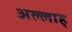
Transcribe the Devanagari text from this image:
अल्लाह्